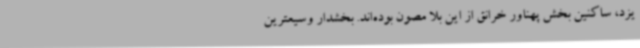
یزد، ساکنین بخش پهناور خرانق از این بلا مصون بوده‌اند. بخشدار وسیعترین